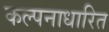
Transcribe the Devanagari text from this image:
कल्पनाधारित